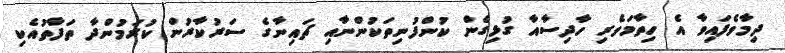
ދިމާވެފައިވާ އެ ހިތާމަވެރި ހާދިސާއާ ގުޅިގެން ކުންފުނިތަކުންނާއި ޗައިނާގެ ސަަރުކާރުން ކުރަމުންދާ ތަފާތުއެކި